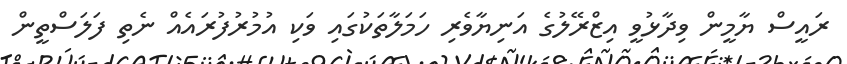
ރައީސް ޔާމީން ވިދާޅުވީ އިޒްރޭލުގެ އަނިޔާވެރި ހަމަލާތަކުގައި ވަކި އުމުރުފުރައެއް ނެތި ފަލަސްތީން